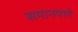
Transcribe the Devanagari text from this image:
समानपणे